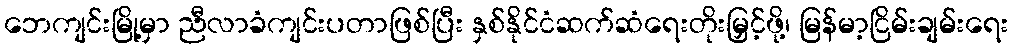
ဘေကျင်းမြို့မှာ ညီလာခံကျင်းပတာဖြစ်ပြီး နှစ်နိုင်ငံဆက်ဆံရေးတိုးမြှင့်ဖို့၊ မြန်မာ့ငြိမ်းချမ်းရေး